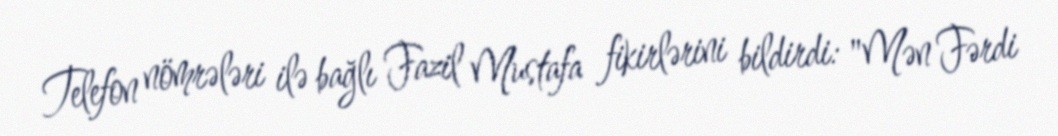
Telefon nömrələri ilə bağlı Fazil Mustafa fikirlərini bildirdi: "Mən Fərdi